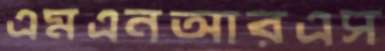
এমএনআরএস